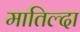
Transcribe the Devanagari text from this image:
मातिल्दा